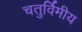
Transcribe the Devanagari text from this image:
चतुर्विमीय